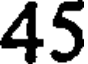
45